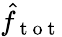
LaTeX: \hat{f}_{\mathrm{~t~o~t~}}